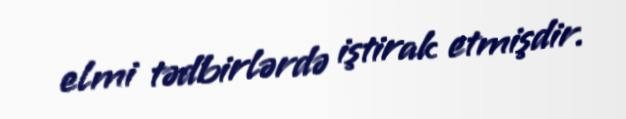
elmi tədbirlərdə iştirak etmişdir.